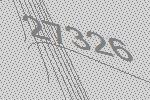
27326